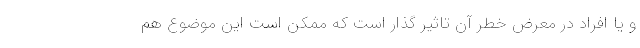
و یا افراد در معرض خطر آن تاثیر گذار است که ممکن است این موضوع هم